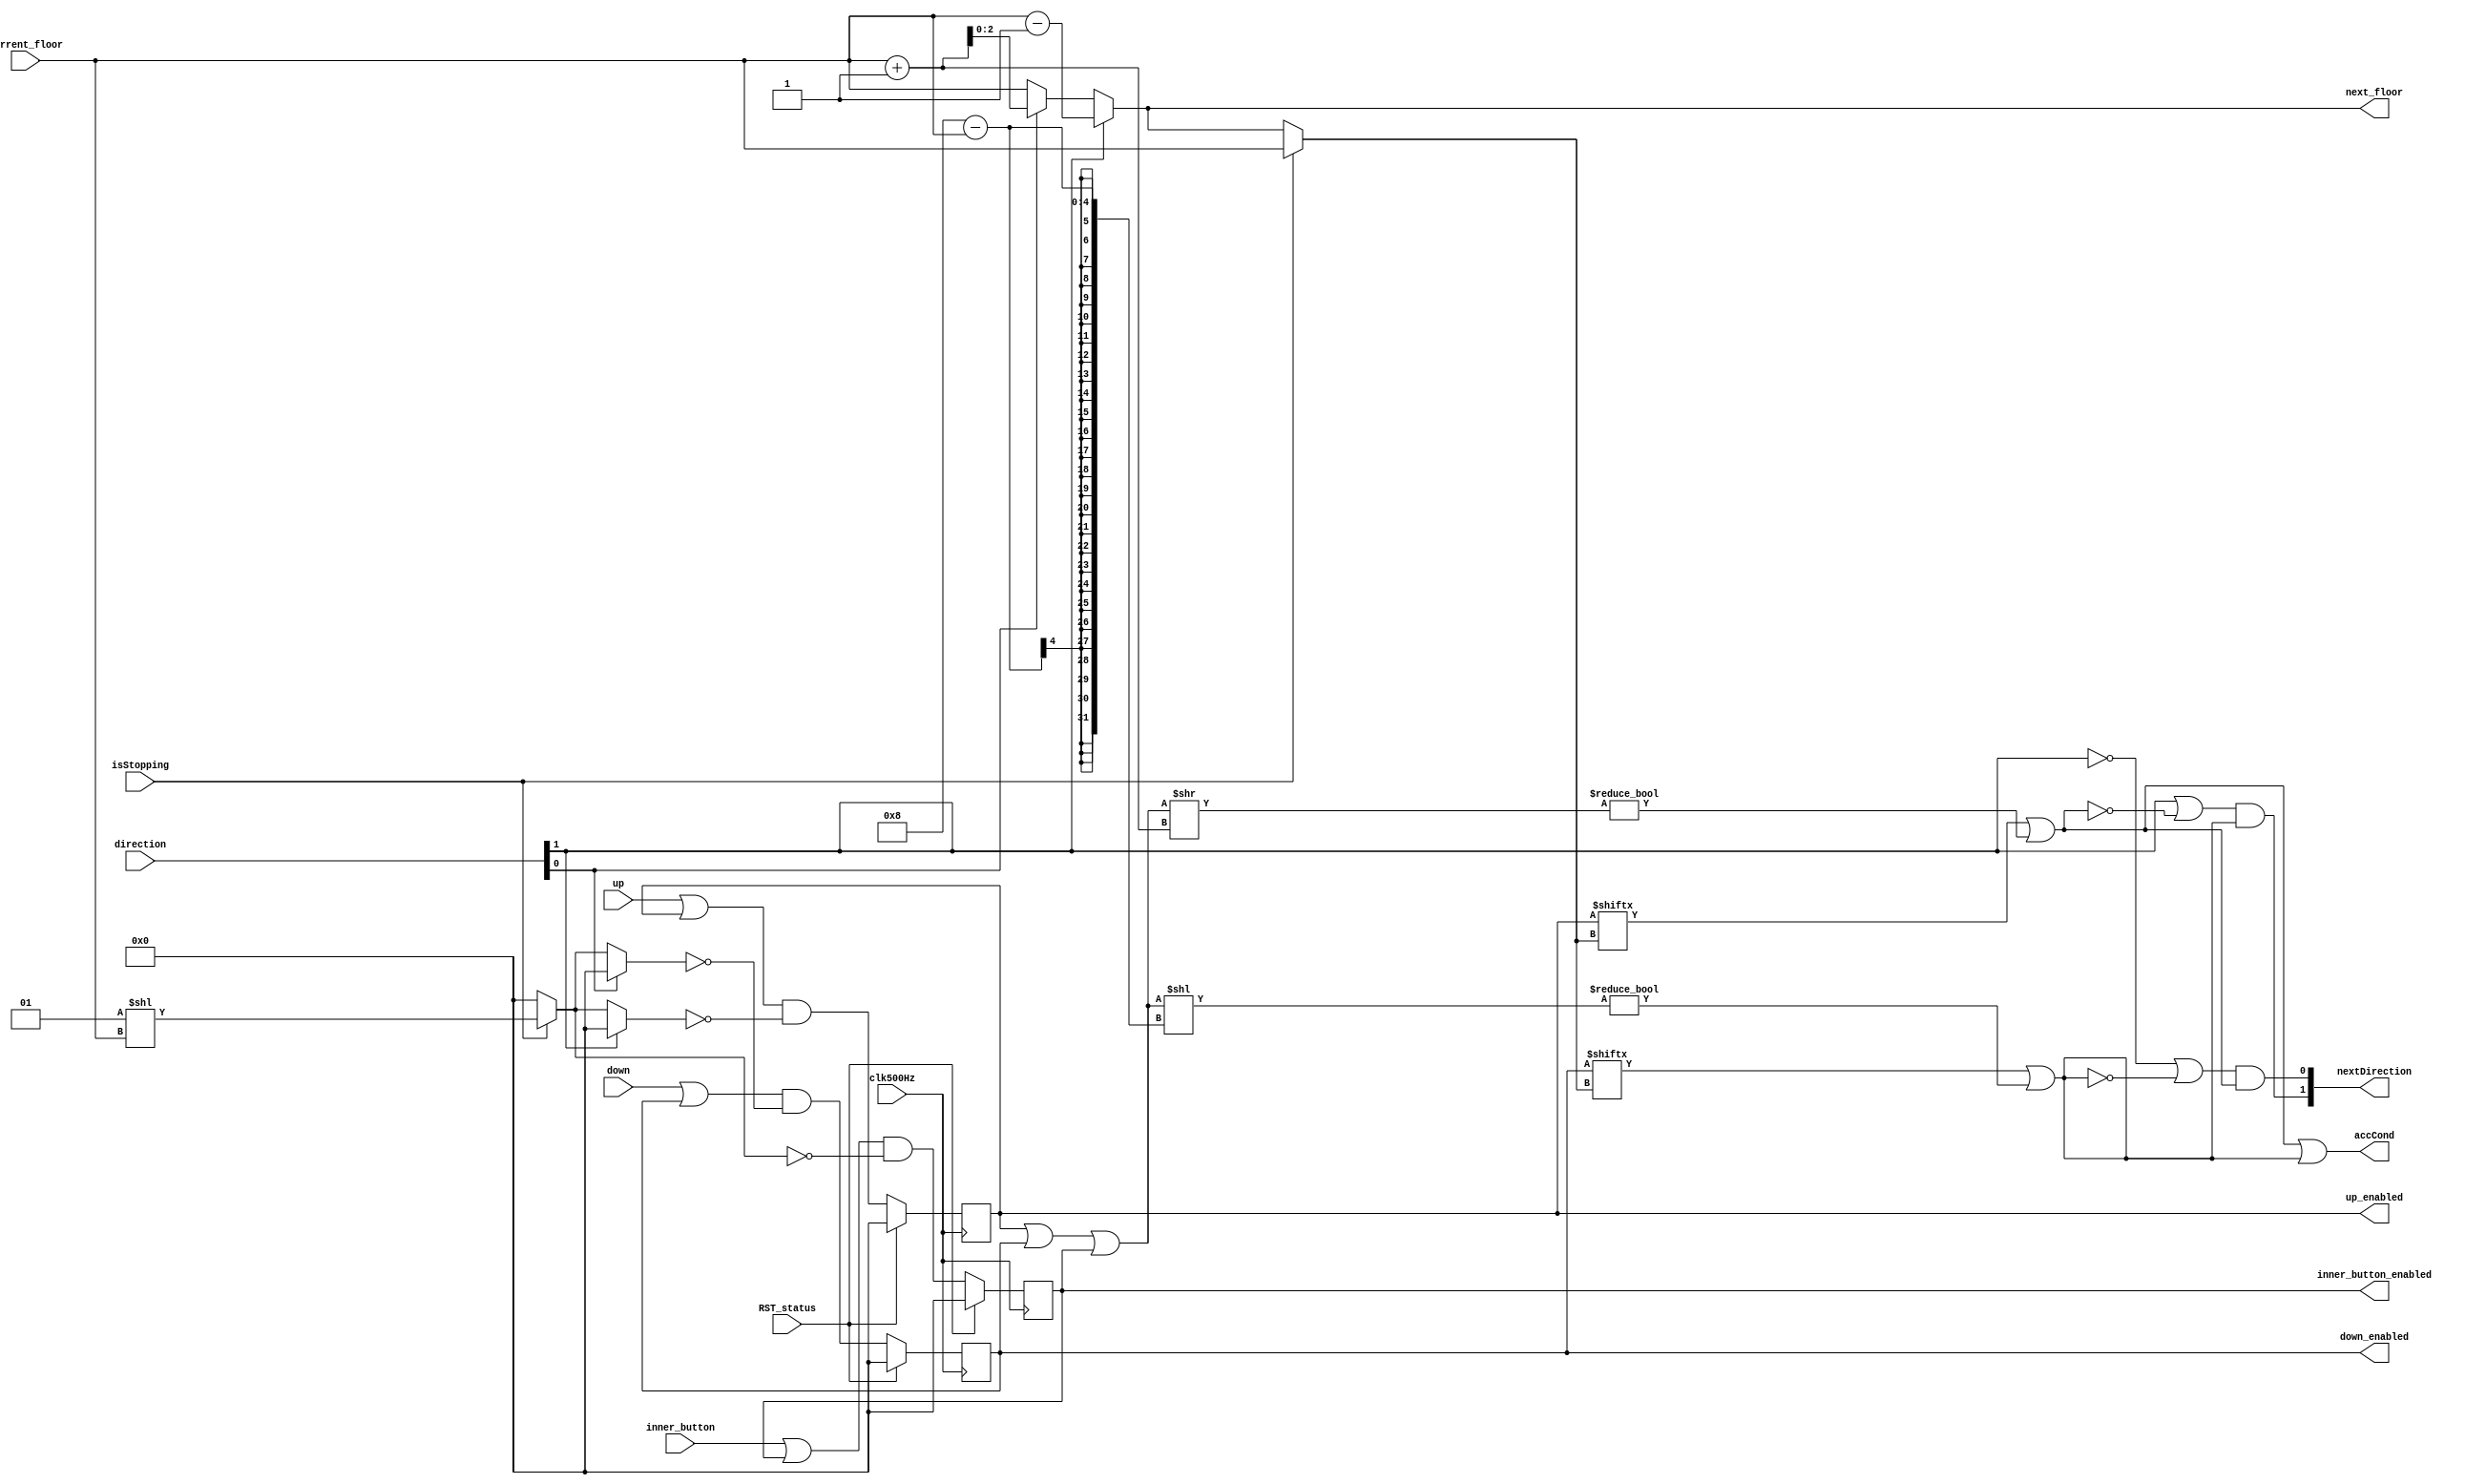
`timescale 1ns / 1ps
//////////////////////////////////////////////////////////////////////////////////
// Company: 
// Engineer: 
// 
// Design Name: 
// Module Name: addtionalStateHelper
// Project Name: 
// Target Devices: 
// Tool Versions: 
// Description: 
// 
// Dependencies: 
// 
// Revision:
// Revision 0.01 - File Created
// Additional Comments:
// 
//////////////////////////////////////////////////////////////////////////////////


module addtionalStateHelper(
  input RST_status,
  input clk500Hz,
  input [7:0] up,
  input [7:0] down,
  input [7:0] inner_button,
  input [2:0] current_floor,
  output [2:0] next_floor,
  input isStopping,
  output reg [7:0] up_enabled,
  output reg [7:0] down_enabled,
  output reg [7:0] inner_button_enabled,
  input [1:0] direction,
  output [1:0] nextDirection,
  output accCond
  );
  wire up_request;
  wire down_request;
  assign accCond = up_request || down_request;
  parameter D_UP   = 1'b0,
            D_DOWN = 1'b1;
  wire [7:0] floor_mask = isStopping?1<<current_floor:0;
  initial begin
    up_enabled = 0;
    down_enabled = 0;
    inner_button_enabled = 0;
  end
  assign up_request = 
    up_enabled[isStopping ? current_floor : next_floor] 
    || ((up_enabled | down_enabled | inner_button_enabled) 
      >> (current_floor + 1)) != 8'b0;
  assign down_request = 
    down_enabled[isStopping ? current_floor : next_floor] 
    || ((up_enabled | down_enabled | inner_button_enabled) 
      << (8 - current_floor)) != 8'b0;

  assign next_floor = (direction[D_DOWN])? current_floor - 1:
                      (direction[D_UP])  ? current_floor + 1: current_floor;
  assign nextDirection[D_UP]   = (!direction[D_DOWN]||!down_request) && up_request; //prefer up 
  assign nextDirection[D_DOWN] = (direction[D_DOWN]||!up_request) && down_request; 

  always @ (posedge clk500Hz) begin 
    if(RST_status) begin 
      up_enabled <= 0;
      down_enabled <= 0;
      inner_button_enabled <= 0;
    end
    else begin 
      up_enabled <= (up | up_enabled) & ~((!direction[D_DOWN])? floor_mask : 8'b0);
      down_enabled <= (down | down_enabled) & ~((!direction[D_UP])? floor_mask : 8'b0);
      inner_button_enabled <= (inner_button | inner_button_enabled) & ~floor_mask; 
    end
  end
endmodule